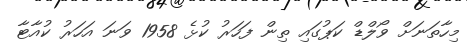
މިހާތަނަށް ވޯލްޑް ކަޕުގައި ތިން ފަހަރު ކުޅެ 1958 ވަނަ އަހަރު ކުއާޓާ